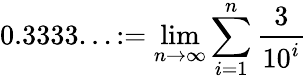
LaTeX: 0.3333...:=\operatorname*{lim}_{n\to\infty}\sum_{i=1}^{n}{\frac{3}{10^{i}}}